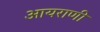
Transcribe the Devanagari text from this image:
आयराणी